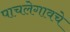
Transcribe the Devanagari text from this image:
पाचलेगावचे